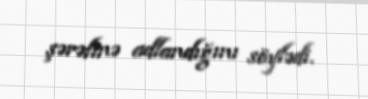
şərəfinə adlandığını söylədi.